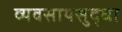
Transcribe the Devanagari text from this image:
व्यवसायसुद्धा